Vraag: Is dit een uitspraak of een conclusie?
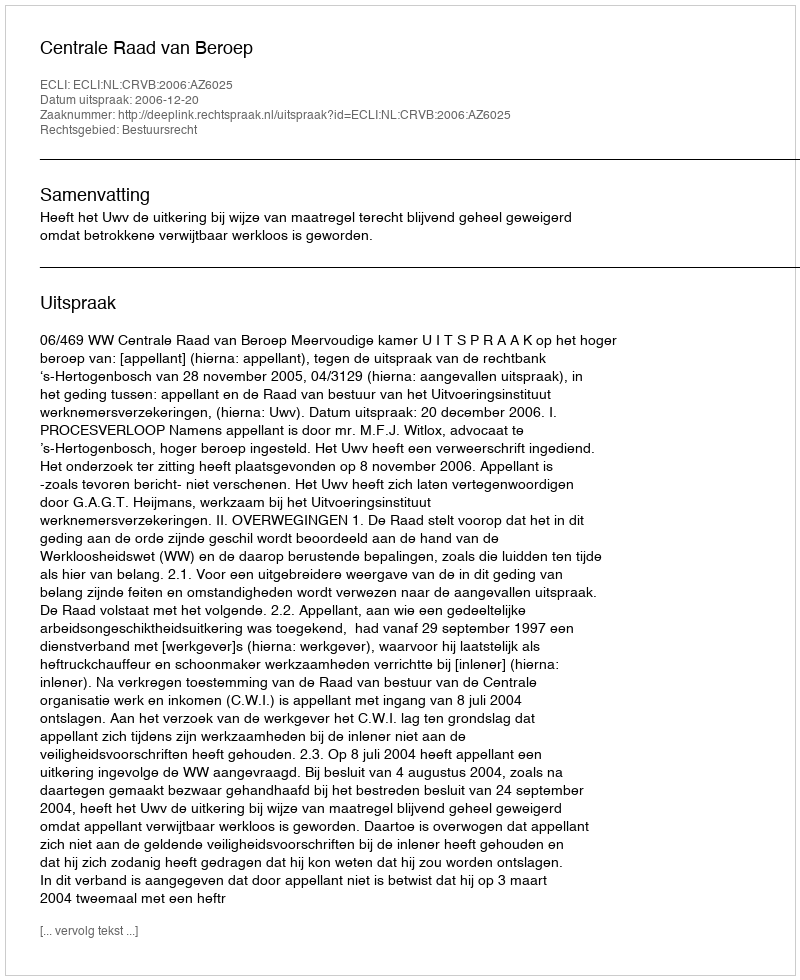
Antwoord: Uitspraak